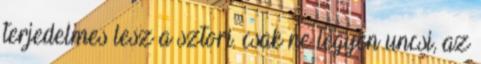
terjedelmes lesz a sztori. csak ne legyen uncsi, az